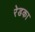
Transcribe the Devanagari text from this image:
रेडका